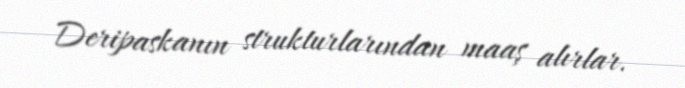
Deripaskanın strukturlarından maaş alırlar.